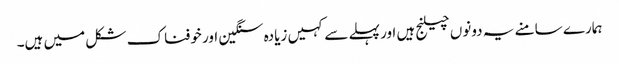
ہمارے سامنے یہ دونوں چیلنج ہیں اور پہلے سے کہیں زیادہ سنگین اور خوفناک شکل میں ہیں۔